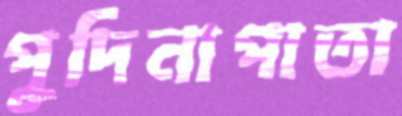
পুদিনাপাতা